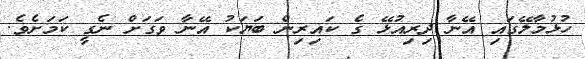
ހުޅުމާލޭގައި އޭނާ ދިރިއުޅޭ ގެ ކައިރިން ބަޔަކު އޭނާ ވަގަށް ނެގީ ކަމަށެވެ.